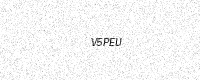
Text: V5PEU